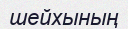
шейхының